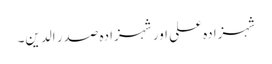
شہزادہ علی اور شہزادہ صدر الدین۔